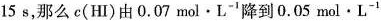
15s，那么c(HI)由0.07mol·L^{-1}降到0.05mol·L^{-1}